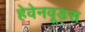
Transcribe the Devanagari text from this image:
हेवेनवूड्स